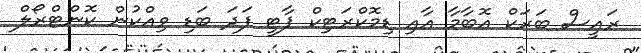
ރައީސް ބަރަކް އޮބާމާ އާއި ޑިމޮކްރަޓިކް ޕާޓީ ފަދަ ބަޑި ވިއްކުން ކޮންޓްރޯލް